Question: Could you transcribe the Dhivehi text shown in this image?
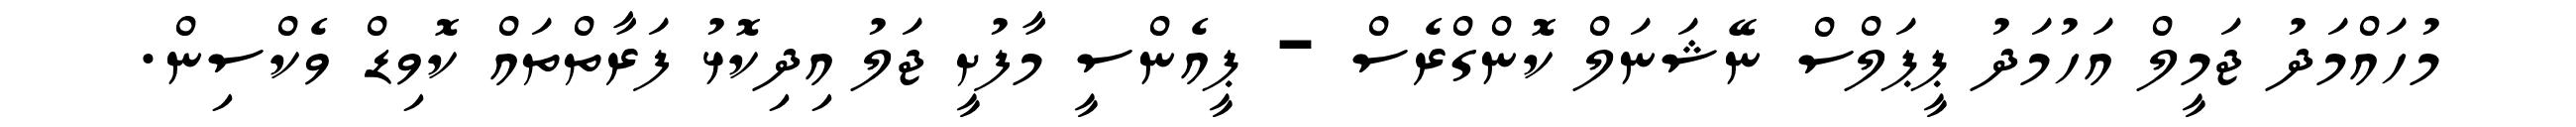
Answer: މުހައްމަދު ޖަމީލް އަހުމަދު ޕީޕަލްސް ނޭޝަނަލް ކޮންގްރެސް - ޕީއެންސީ މާފުށީ ޖަލު އިދިކޮޅު ފަރާތްތައް ކޮވިޑް ވެކްސިން.